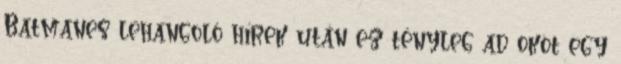
Batmanes lehangoló hírek után ez tényleg ad okot egy